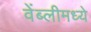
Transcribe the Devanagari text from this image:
वेंब्लीमध्ये